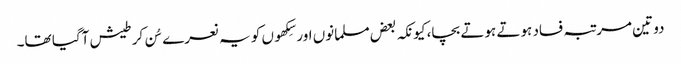
دو تین مرتبہ فساد ہوتے ہوتے بچا، کیونکہ بعض مسلمانوں اور سِکھوں کو یہ نعرے سُن کر طیش آگیا تھا۔